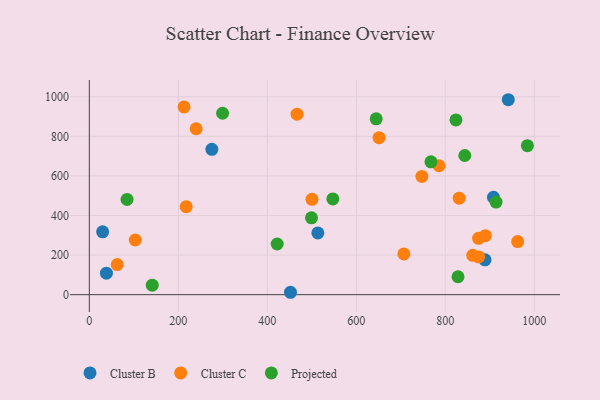
{"axis": {"x": "Price", "y": "Sales"}, "legend": ["Cluster B", "Cluster C", "Projected"], "data": [{"x": "275.4", "y": 734.7, "type": "Cluster B"}, {"x": "908.2", "y": 492.4, "type": "Cluster B"}, {"x": "941.6", "y": 985.2, "type": "Cluster B"}, {"x": "29.9", "y": 317.8, "type": "Cluster B"}, {"x": "889.3", "y": 176.2, "type": "Cluster B"}, {"x": "38.4", "y": 108.8, "type": "Cluster B"}, {"x": "513.6", "y": 311.8, "type": "Cluster B"}, {"x": "452.1", "y": 12.1, "type": "Cluster B"}, {"x": "62.7", "y": 152.1, "type": "Cluster C"}, {"x": "240.0", "y": 838.4, "type": "Cluster C"}, {"x": "962.7", "y": 268.4, "type": "Cluster C"}, {"x": "831.2", "y": 487.5, "type": "Cluster C"}, {"x": "466.8", "y": 912.2, "type": "Cluster C"}, {"x": "103.2", "y": 276.2, "type": "Cluster C"}, {"x": "706.9", "y": 205.9, "type": "Cluster C"}, {"x": "890.0", "y": 298.2, "type": "Cluster C"}, {"x": "500.4", "y": 481.9, "type": "Cluster C"}, {"x": "875.1", "y": 190.8, "type": "Cluster C"}, {"x": "861.7", "y": 198.9, "type": "Cluster C"}, {"x": "747.4", "y": 597.6, "type": "Cluster C"}, {"x": "874.8", "y": 284.8, "type": "Cluster C"}, {"x": "786.0", "y": 651.6, "type": "Cluster C"}, {"x": "212.9", "y": 948.8, "type": "Cluster C"}, {"x": "651.1", "y": 793.2, "type": "Cluster C"}, {"x": "217.7", "y": 444.8, "type": "Cluster C"}, {"x": "823.9", "y": 883.1, "type": "Projected"}, {"x": "914.1", "y": 468.2, "type": "Projected"}, {"x": "828.6", "y": 90.5, "type": "Projected"}, {"x": "84.8", "y": 481.3, "type": "Projected"}, {"x": "499.3", "y": 388.3, "type": "Projected"}, {"x": "422.2", "y": 256.0, "type": "Projected"}, {"x": "644.7", "y": 888.5, "type": "Projected"}, {"x": "141.4", "y": 48.2, "type": "Projected"}, {"x": "547.3", "y": 483.8, "type": "Projected"}, {"x": "984.5", "y": 752.8, "type": "Projected"}, {"x": "767.8", "y": 671.5, "type": "Projected"}, {"x": "843.8", "y": 703.4, "type": "Projected"}, {"x": "299.5", "y": 916.9, "type": "Projected"}]}